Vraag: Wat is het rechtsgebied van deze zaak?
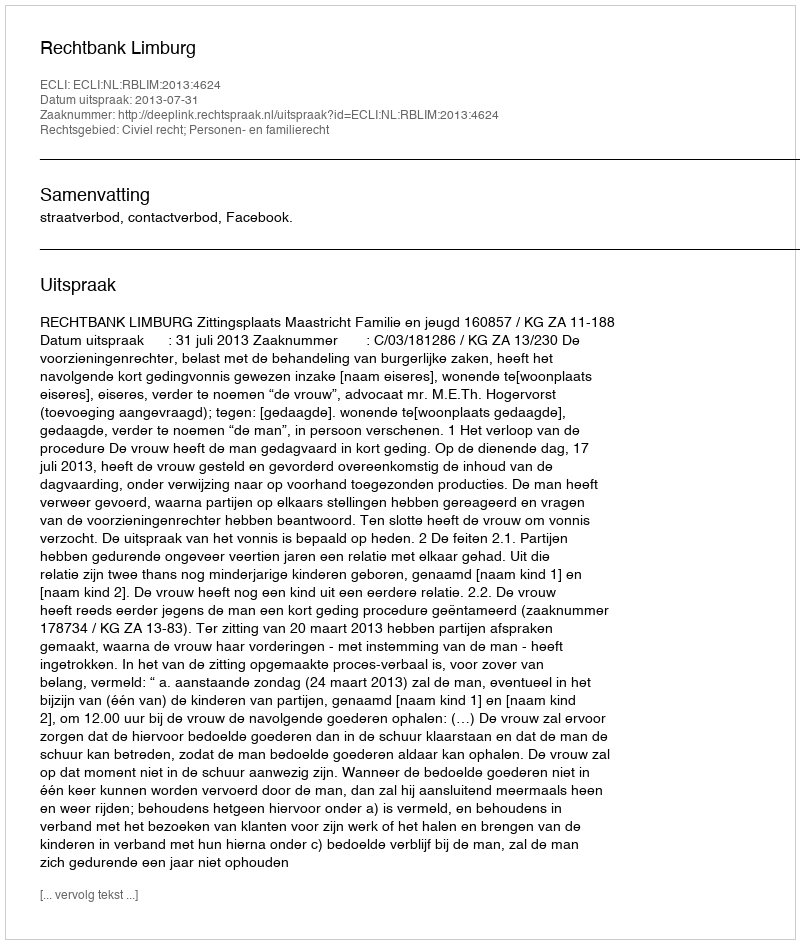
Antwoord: Civiel recht; Personen- en familierecht